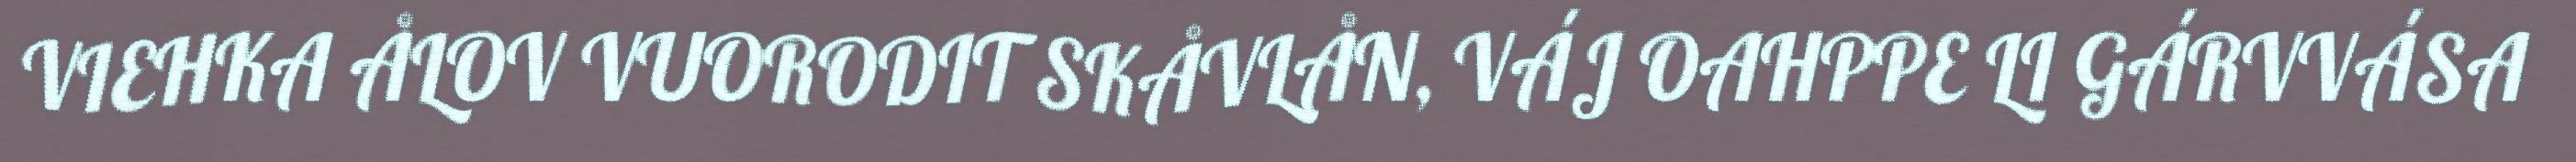
VIEHKA ÅLOV VUORODIT SKÅVLÅN, VÁJ OAHPPE LI GÁRVVÁSA